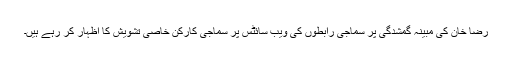
رضا خان کی مبینہ گمشدگی پر سماجی رابطوں کی ویب سائٹس پر سماجی کارکن خاصی تشویش کا اظہار کر رہے ہیں۔